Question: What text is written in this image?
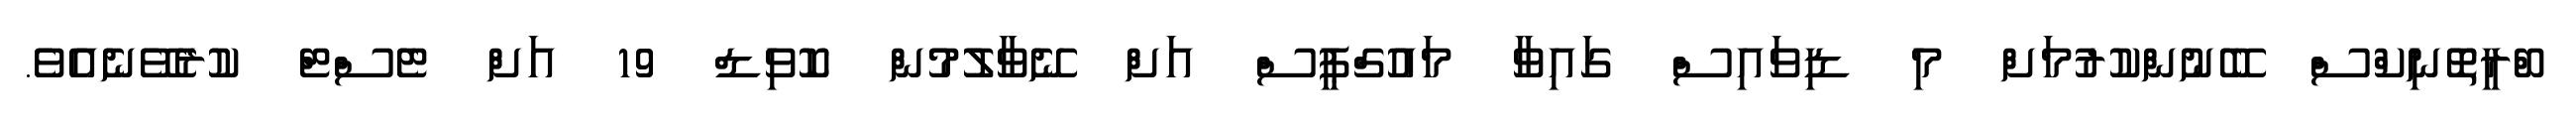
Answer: ބްރީތޮނިކްސް ބޭނުންކުރުމަށް މި ޑިވައިސް ގައިވާ މައުގްޕީސް އަށް ނޭވާލުމުން ކޮވިޑް 19 އަށް ޓެސްޓް ކުރެވޭނެއެވެ.